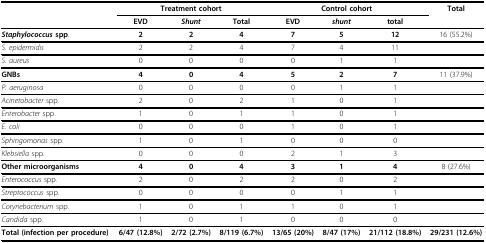
|  | <COLSPAN=3> Treatment cohort | <COLSPAN=3> Control cohort | Total |
 |  | EVD | Shunt | Total | EVD | shunt | total |  |
 | --- | --- | --- | --- | --- | --- | --- | --- |
 | Staphylococcus spp. | 2 | 2 | 4 | 7 | 5 | 12 | 16 (55.2%) |
 | S. epidermidis | 2 | 2 | 4 | 7 | 4 | 11 |  |
 | S. aureus | 0 | 0 | 0 | 0 | 1 | 1 |  |
 | GNBs | 4 | 0 | 4 | 5 | 2 | 7 | 11 (37.9%) |
 | P. aeruginosa | 0 | 0 | 0 | 0 | 1 | 1 |  |
 | Acinetobacter spp. | 2 | 0 | 2 | 1 | 0 | 1 |  |
 | Enterobacter spp. | 1 | 0 | 1 | 1 | 0 | 1 |  |
 | E. coli | 0 | 0 | 0 | 1 | 0 | 1 |  |
 | Sphingomonas spp. | 1 | 0 | 1 | 0 | 0 | 0 |  |
 | Klebsiella spp. | 0 | 0 | 0 | 2 | 1 | 3 |  |
 | Other microorganisms | 4 | 0 | 4 | 3 | 1 | 4 | 8 (27.6%) |
 | Enterococcus spp. | 2 | 0 | 2 | 2 | 0 | 2 |  |
 | Streptococcus spp. | 0 | 0 | 0 | 0 | 1 | 1 |  |
 | Corynebacterium spp. | 1 | 0 | 1 | 1 | 0 | 1 |  |
 | Candida spp. | 1 | 0 | 1 | 0 | 0 | 0 |  |
 | Total (infection per procedure) | 6/47 (12.8%) | 2/72 (2.7%) | 8/119 (6.7%) | 13/65 (20%) | 8/47 (17%) | 21/112 (18.8%) | 29/231 (12.6%) |